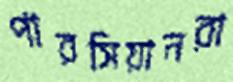
পারসিয়ানরা